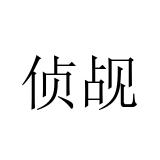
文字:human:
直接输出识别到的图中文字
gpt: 侦觇